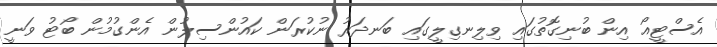
އެސްޓީއޯ އިން ބުނިގޮތުގައި ވިލިނގިލީގައި ބަނދަރު ނުކުރަން ކައުންސިލުން އެންގުމުން ބޯޓު ވަނީ